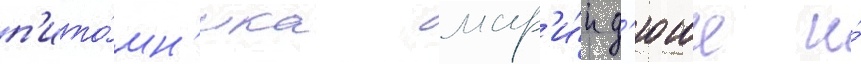
п'ито́мн'ика мар'и́и д'юше и́